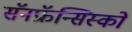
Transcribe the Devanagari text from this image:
सॅनफ्रॅन्सिस्को